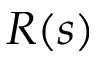
R ( s )